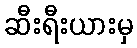
ဆီးရီးယားမှ